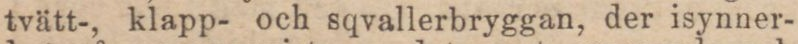
tvätt-, klapp- och sqvallerbryggan, der isynner-